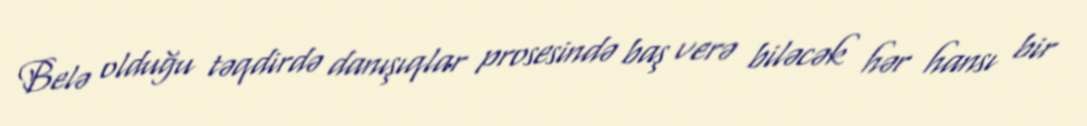
Belə olduğu təqdirdə danışıqlar prosesində baş verə biləcək hər hansı bir